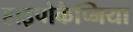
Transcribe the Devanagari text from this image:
हाइपोकैप्निया